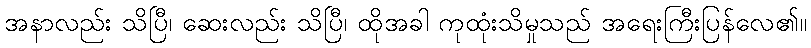
အနာလည်း သိပြီ၊ ဆေးလည်း သိပြီ၊ ထိုအခါ ကုထုံးသိမှုသည် အရေးကြီးပြန်လေ၏။